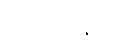
ရပ်တည်နိုင်ပြီး